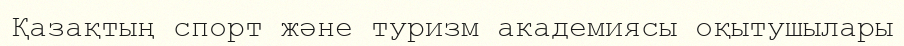
Қазақтың спорт және туризм академиясы оқытушылары